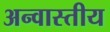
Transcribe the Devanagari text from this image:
अन्वास्तीय